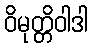
ဝိမုတ္တိဝါဒါ